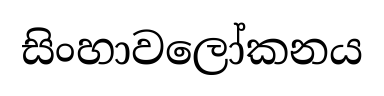
සිංහාවලෝකනය